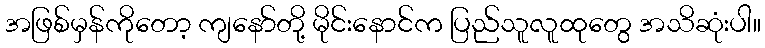
အဖြစ်မှန်ကိုတော့ ကျနော်တို့ မိုင်းနောင်က ပြည်သူလူထုတွေ အသိဆုံးပါ။